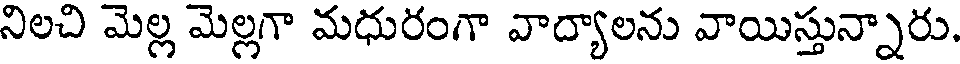
నిలచి మెల్ల మెల్లగా మధురంగా వాద్యాలను వాయిస్తున్నారు.